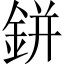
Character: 鉼